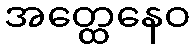
အတ္ထေနေဝ